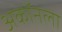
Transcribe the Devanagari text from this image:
अकॉनला